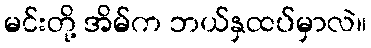
မင်းတို့ အိမ်က ဘယ်နှထပ်မှာလဲ။